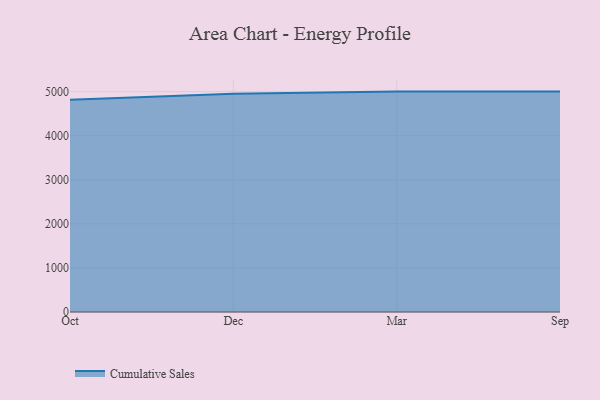
{"axis": {"x": "Month", "y": "Population (Million)"}, "legend": ["Cumulative Sales"], "data": [{"x": "Oct", "y": 4815.7, "type": "Cumulative Sales"}, {"x": "Dec", "y": 4951.1, "type": "Cumulative Sales"}, {"x": "Mar", "y": 5000, "type": "Cumulative Sales"}, {"x": "Sep", "y": 5000, "type": "Cumulative Sales"}]}